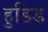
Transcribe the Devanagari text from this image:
हुडिड